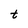
Character: t